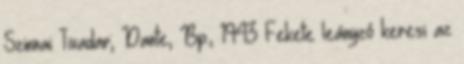
Szinnai Tivadar; Dante, Bp., 1943 Fekete leányzó keresi az